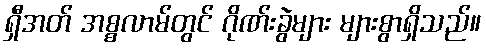
ရှီအတ် အစ္စလာမ်တွင် ဂိုဏ်းခွဲများ များစွာရှိသည်။